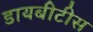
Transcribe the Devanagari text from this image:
डायबीटीस